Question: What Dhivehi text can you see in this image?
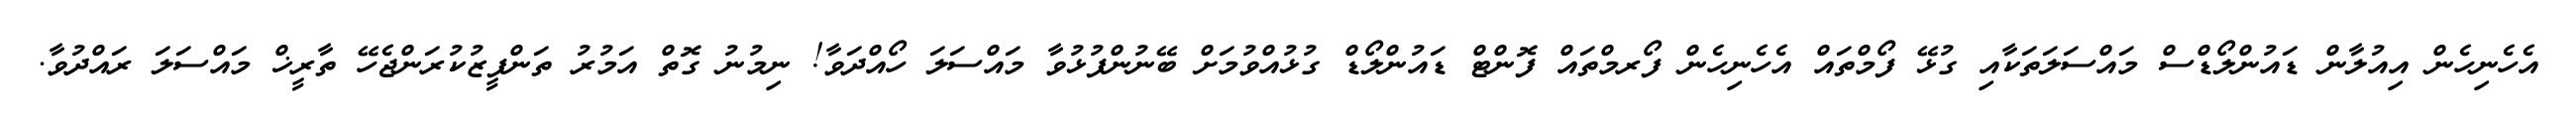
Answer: އެހެނިހެން އިއުލާން ޑައުންލޯޑްސް މައްސަލަތަކާއި ގުޅޭ ފޯމްތައް އެހެނިހެން ފޯރމްތައް ފޮންޓް ޑައުންލޯޑް ގުޅުއްވުމަށް ބޭނުންފުޅުވާ މައްސަލަ ހޯއްދަވާ! ނިމުނު ގޮތް އަމުރު ތަންފީޒުކުރަންޖެހޭ ތާރީޚް މައްސަލަ ރައްދުވާ.